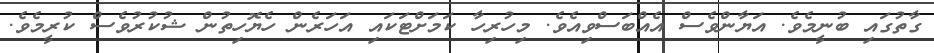
ގާތުގައި ބުނީމެވެ. އަޔާންވެސް އެއްބަސްވިއެވެ. މިހުރިހާ ކަމަށްޓަކައި އަހަރެން ހެޔޮހިތުން ޝުކުރުވެސް ކުރީމެވެ.